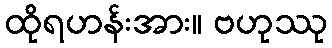
ထိုရဟန်းအား။ ဗဟုဿု